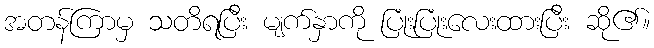
အတန်ကြာမှ သတိရပြီး မျက်နှာကို ပြုံးပြုံးလေးထားပြီး ဆို၏။